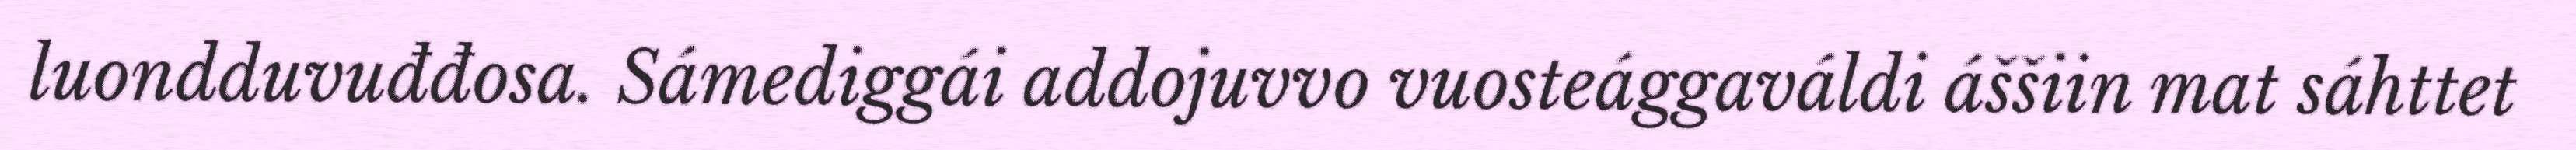
luondduvuđđosa. Sámediggái addojuvvo vuosteággaváldi áššiin mat sáhttet